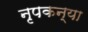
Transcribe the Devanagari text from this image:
नृपकन्या